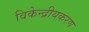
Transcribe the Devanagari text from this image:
विकेन्द्रीयकरण